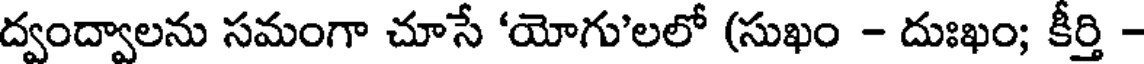
ద్వంద్వాలను సమంగా చూసే 'యోగు'లలో (సుఖం - దుఃఖం; కీర్తి -